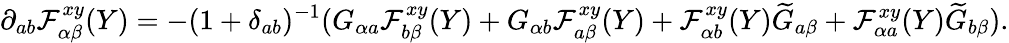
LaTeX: \partial_{ab}\mathcal{F}_{\alpha\beta}^{xy}(Y)=-(1+\delta_{ab})^{-1}(G_{\alpha a}\mathcal{F}_{b\beta}^{xy}(Y)+G_{\alpha b}\mathcal{F}_{a\beta}^{xy}(Y)+\mathcal{F}_{\alpha b}^{xy}(Y)\widetilde{G}_{a\beta}+\mathcal{F}_{\alpha a}^{xy}(Y)\widetilde{G}_{b\beta}).